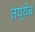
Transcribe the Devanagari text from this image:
तय्येब